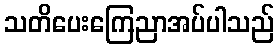
သတိပေးကြေညာအပ်ပါသည်